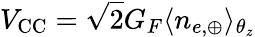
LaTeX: V_{\mathrm{CC}}=\sqrt{2}G_{F}\langle n_{e,\oplus}\rangle_{\theta_{z}}